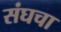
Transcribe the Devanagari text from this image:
संघचा